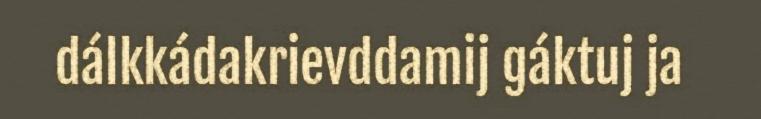
dálkkádakrievddamij gáktuj ja